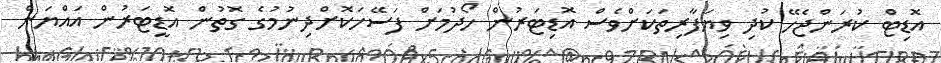
އޮޑިޓް ކުރަންޖެހޭ ކުދި ވިޔަފާރިތަކަށްވެސް އޮޑިޓަރުން ހޯދުމަށް ފަސޭހަކޮށްދިނުމުގެ ގޮތުން އޮޑީޓަރުން އައްޔަން